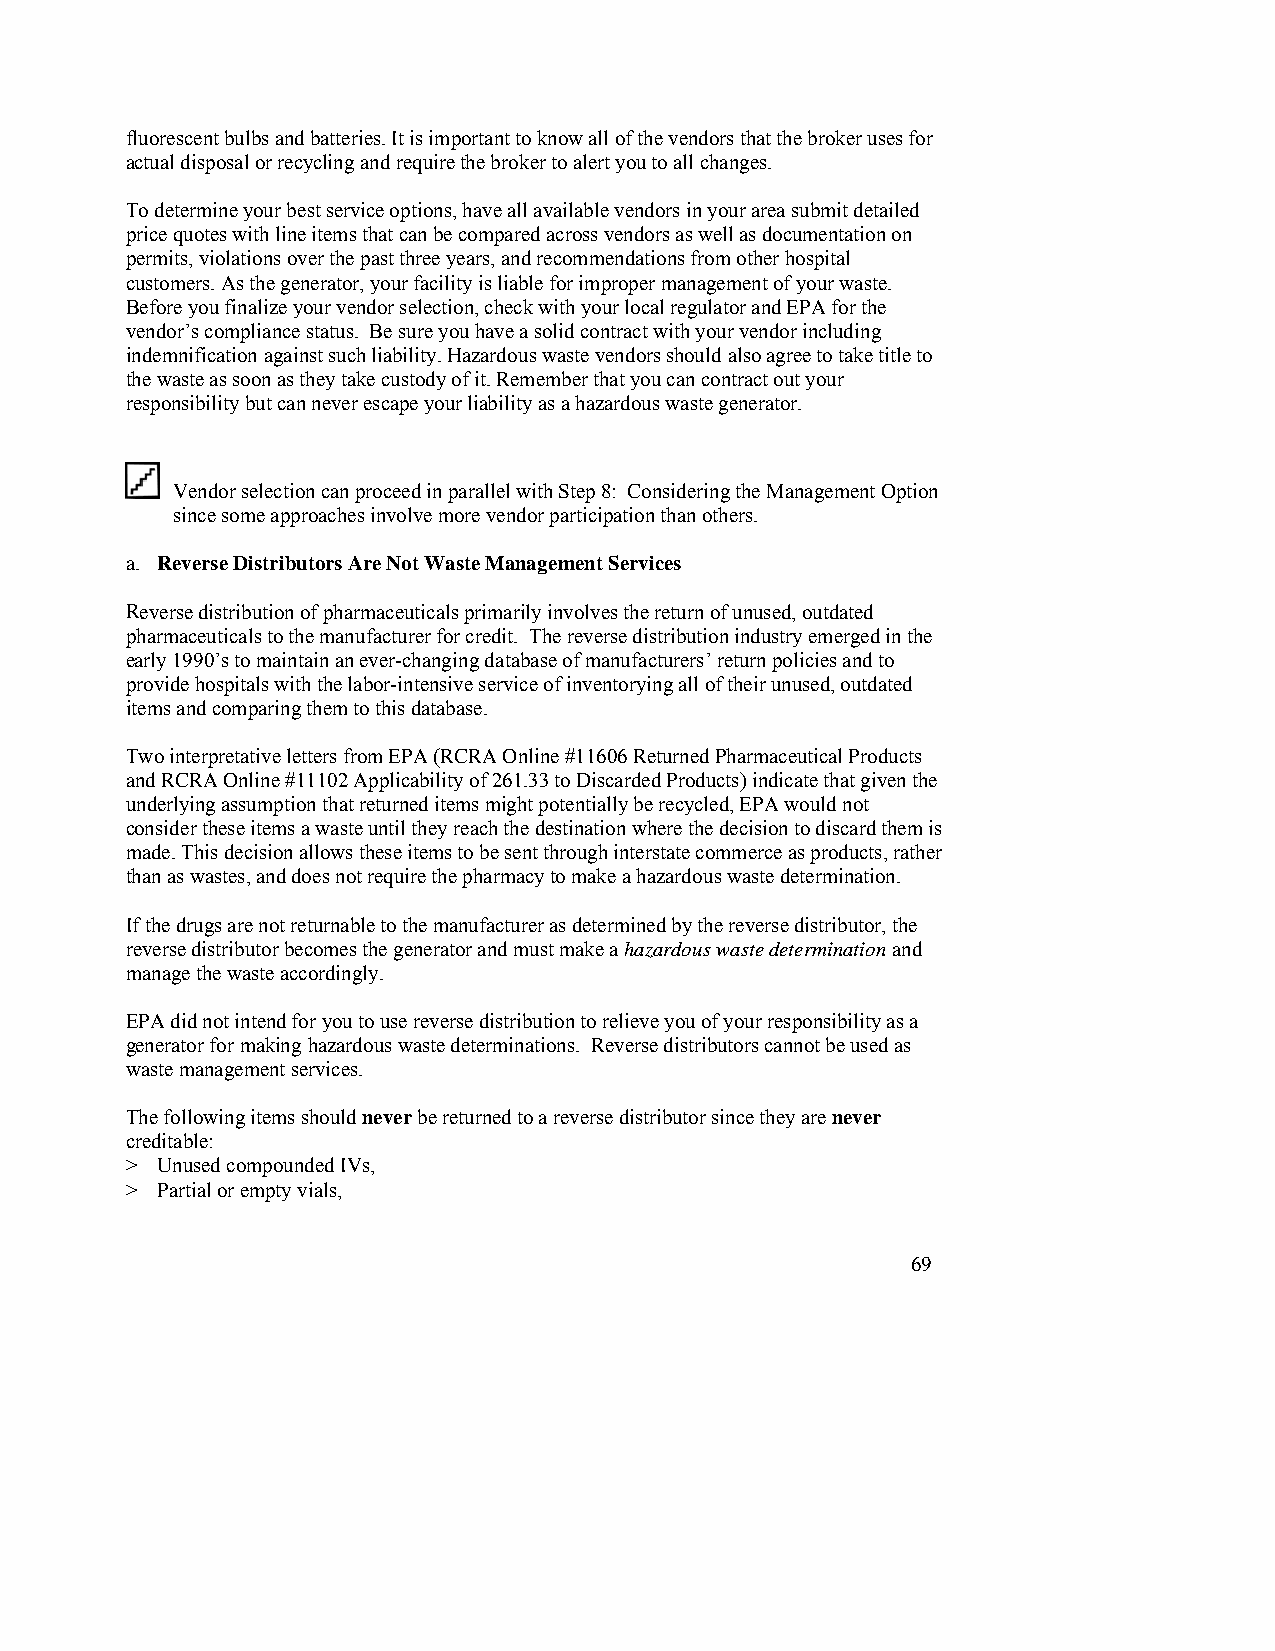
fluorescent bulbs and batteries. It is important to know all of the vendors that the broker uses for
 actual disposal or recycling and require the broker to alert you to all changes.
 To determine your best service options, have all available vendors in your area submit detailed
 price quotes with line items that can be compared across vendors as well as documentation on
 permits, violations over the past three years, and recommendations from other hospital
 customers. As the generator, your facility is liable for improper management of your waste.
 Before you finalize your vendor selection, check with your local regulator and EPA for the
 vendor’s compliance status. Be sure you have a solid contract with your vendor including
 indemnification against such liability. Hazardous waste vendors should also agree to take title to
 the waste as soon as they take custody of it. Remember that you can contract out your
 responsibility but can never escape your liability as a hazardous waste generator.
 Vendor selection can proceed in parallel with Step 8: Considering the Management Option
 since some approaches involve more vendor participation than others.
 a. Reverse Distributors Are Not Waste Management Services
 Reverse distribution of pharmaceuticals primarily involves the return of unused, outdated
 pharmaceuticals to the manufacturer for credit. The reverse distribution industry emerged in the
 early 1990’s to maintain an ever-changing database of manufacturers’ return policies and to
 provide hospitals with the labor-intensive service of inventorying all of their unused, outdated
 items and comparing them to this database.
 Two interpretative letters from EPA (RCRA Online #11606 Returned Pharmaceutical Products
 and RCRA Online #11102 Applicability of 261.33 to Discarded Products) indicate that given the
 underlying assumption that returned items might potentially be recycled, EPA would not
 consider these items a waste until they reach the destination where the decision to discard them is
 made. This decision allows these items to be sent through interstate commerce as products, rather
 than as wastes, and does not require the pharmacy to make a hazardous waste determination.
 If the drugs are not returnable to the manufacturer as determined by the reverse distributor, the
 reverse distributor becomes the generator and must make a hazardous waste determination and
 manage the waste accordingly.
 EPA did not intend for you to use reverse distribution to relieve you of your responsibility as a
 generator for making hazardous waste determinations. Reverse distributors cannot be used as
 waste management services.
 The following items should never be returned to a reverse distributor since they are never
 creditable:
 > Unused compounded IVs,
 > Partial or empty vials,
 69